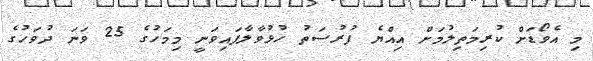
މި އެވޯޑަށް ކުރިމަތިލުމަށް އިއްޔެ ފުރުސަތު ހުޅުވާލާފައިވަނީ މިމަހުގެ 25 ވަނަ ދުވަހުގެ